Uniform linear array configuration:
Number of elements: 32
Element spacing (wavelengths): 0.5
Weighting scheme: cosine
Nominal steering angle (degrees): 45
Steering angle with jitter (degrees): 46.247
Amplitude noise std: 0.05
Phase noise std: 0.05

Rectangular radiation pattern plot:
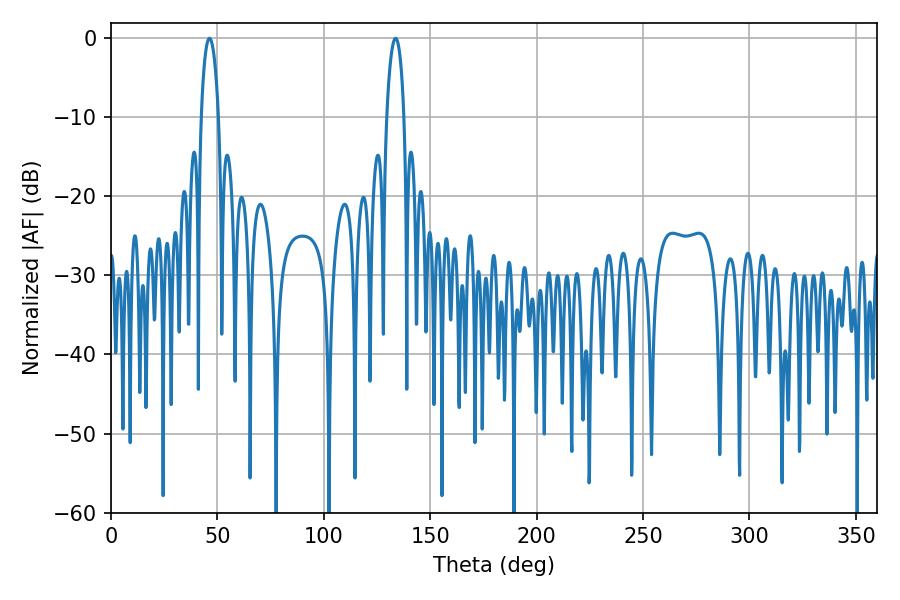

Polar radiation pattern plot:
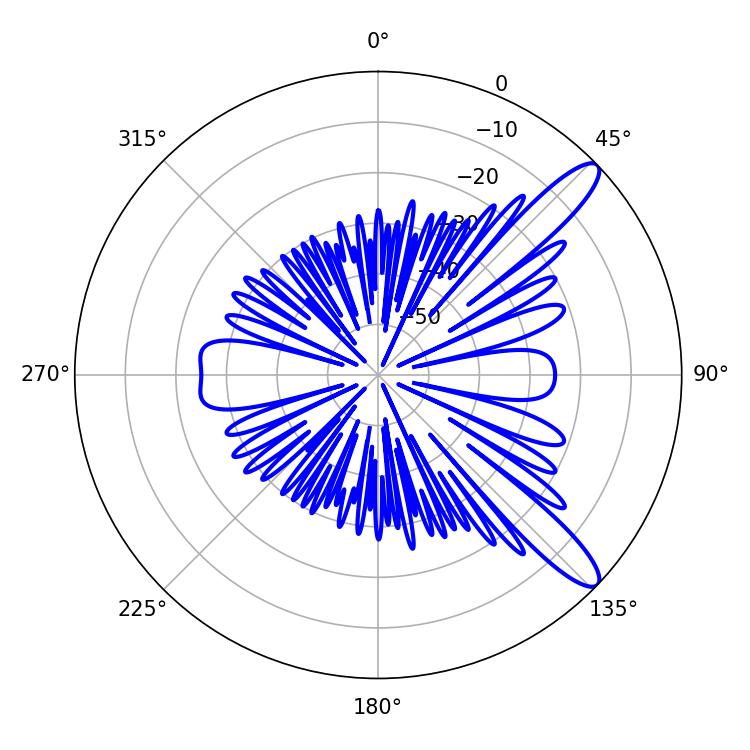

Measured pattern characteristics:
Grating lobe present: FALSE
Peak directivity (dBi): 11.865
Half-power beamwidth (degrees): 4.5
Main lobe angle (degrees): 46.26